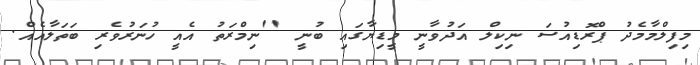
މިފިލްމާމެދު ޕްރޮޑިއުސަ ނިކިލް އަދުވާނީ މީޑިޔާގައި ބުނީ ''ނިމްރަތު އެއީ ހުނަރުވެރި ބަތަލާއެއް.